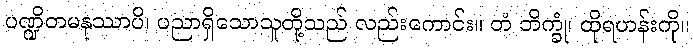
ပဏ္ဍိတမနုဿာပိ၊ ပညာရှိသောသူတို့သည် လည်းကောင်း။ တံ ဘိက္ခုံ၊ ထိုရဟန်းကို။